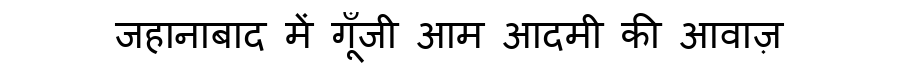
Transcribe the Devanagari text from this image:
जहानाबाद में गूँजी आम आदमी की आवाज़